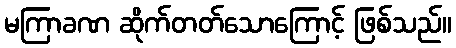
မကြာခဏ ဆိုက်တတ်သောကြောင့် ဖြစ်သည်။